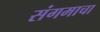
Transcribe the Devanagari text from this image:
संगमाचा